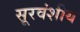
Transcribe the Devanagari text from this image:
सूरवंशीय